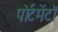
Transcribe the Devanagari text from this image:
पोर्टमेंटॉ